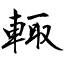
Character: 輙